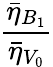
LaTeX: \frac{\bar{\eta}_{B_{1}}}{\bar{\eta}_{V_{0}}}